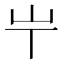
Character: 𡴶